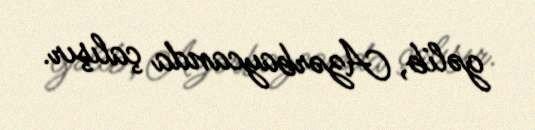
gəlib, Azərbaycanda çalışır.